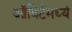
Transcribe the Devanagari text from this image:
ऑबिर्टमध्ये